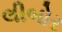
લીબોર